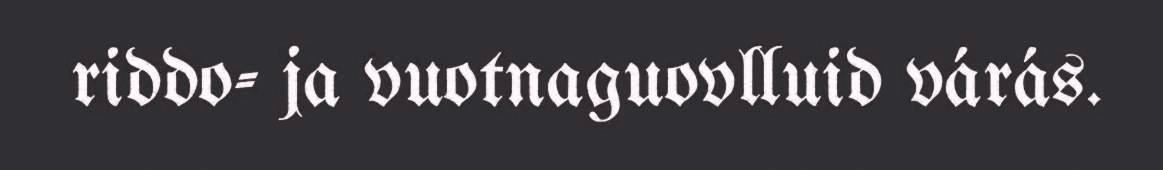
riddo- ja vuotnaguovlluid várás.